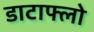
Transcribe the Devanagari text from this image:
डाटाफ्लो